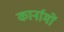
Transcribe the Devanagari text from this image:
कार्नामों